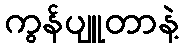
ကွန်ပျူတာနဲ့